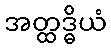
အတ္ထဒ္ဓိယံ